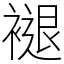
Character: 褪